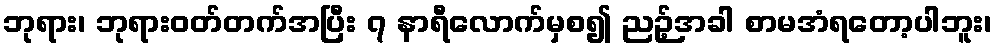
ဘုရား၊ ဘုရားဝတ်တက်အပြီး ၇ နာရီလောက်မှစ၍ ညဉ့်အခါ စာမအံရတော့ပါဘူး၊